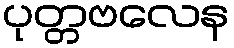
ပုတ္တဗလေန